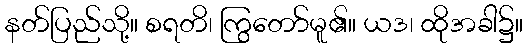
နတ်ပြည်သို့။ စရတိ၊ ကြွတော်မူ၏။ ယဒ၊ ထိုအခါ၌။